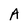
Character: A